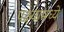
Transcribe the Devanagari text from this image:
पक्ष्यामध्ये